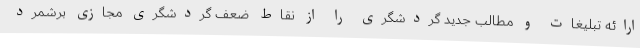
ارائه تبلیغات و مطالب جدید گردشگری را از نقاط ضعف گردشگری مجازی برشمرد